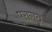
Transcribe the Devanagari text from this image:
परागत